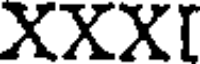
XXXI